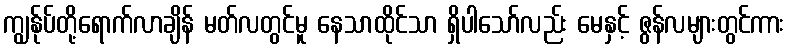
ကျွန်ုပ်တို့ရောက်လာချိန် မတ်လတွင်မူ နေသာထိုင်သာ ရှိပါသော်လည်း မေနှင့် ဇွန်လများတွင်ကား